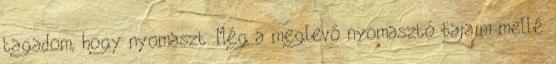
tagadom, hogy nyomaszt. Még a meglevő nyomasztó bajaim mellé